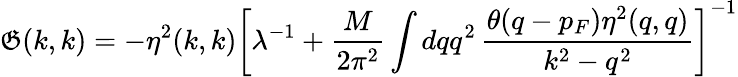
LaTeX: \mathfrak{G}(k,k)=-\eta^{2}(k,k)\left[\lambda^{-1}+\frac{{M}}{{2\pi^{2}}}\int{dqq^{2}}\, \frac{{\theta(q-p_{F})\eta^{2}(q,q)}}{{{k^{2}}-q^{2}}}\right]^{-1}